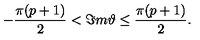
- \frac { \pi ( p + 1 ) } { 2 } < \Im m \vartheta \leq \frac { \pi ( p + 1 ) } { 2 } .